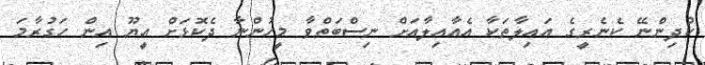
ކުދިންނޭ ކެނެރީގެ އައިލާތަކާ އެއާއިލާއަށް ނިސްބަތްވާ މީހުންނާ ދެކޮޅަށް އީޔޫ އިން ހަގުރާމަ